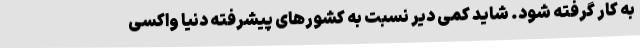
به کار گرفته شود. شاید کمی دیر نسبت به کشورهای پیشرفته دنیا واکسی